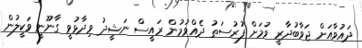
ދައުވާއަށް ޖަވާބުދާރީ ވުމަށް ފުރުސަތު ދެއްވުމުން ރައީސް ނަޝީދު ވިދާޅުވީ ގާނޫނީ ވަކީލުން